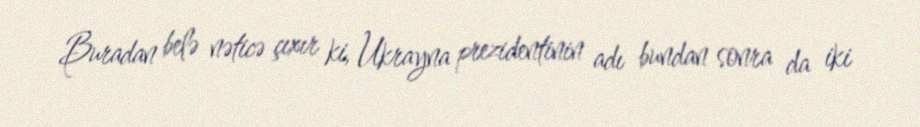
Buradan belə nəticə çıxır ki, Ukrayna prezidentinin adı bundan sonra da iki